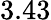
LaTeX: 3.43